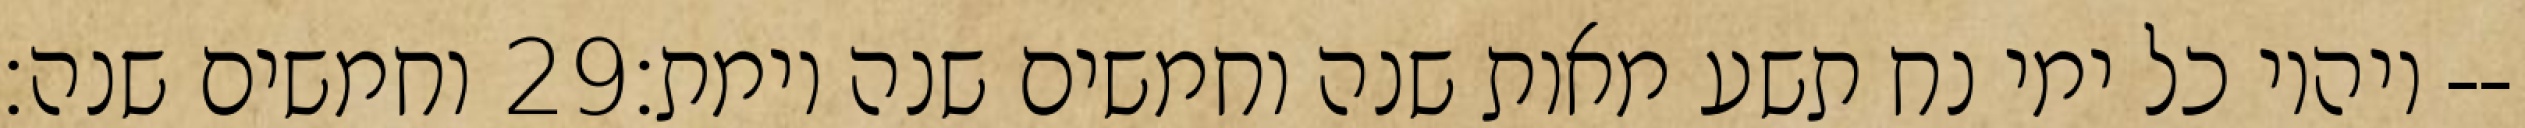
וחמשים שנה׃ ‎29‏ ויהיו כל ימי נח תשע מאות שנה וחמשים שנה וימת׃--